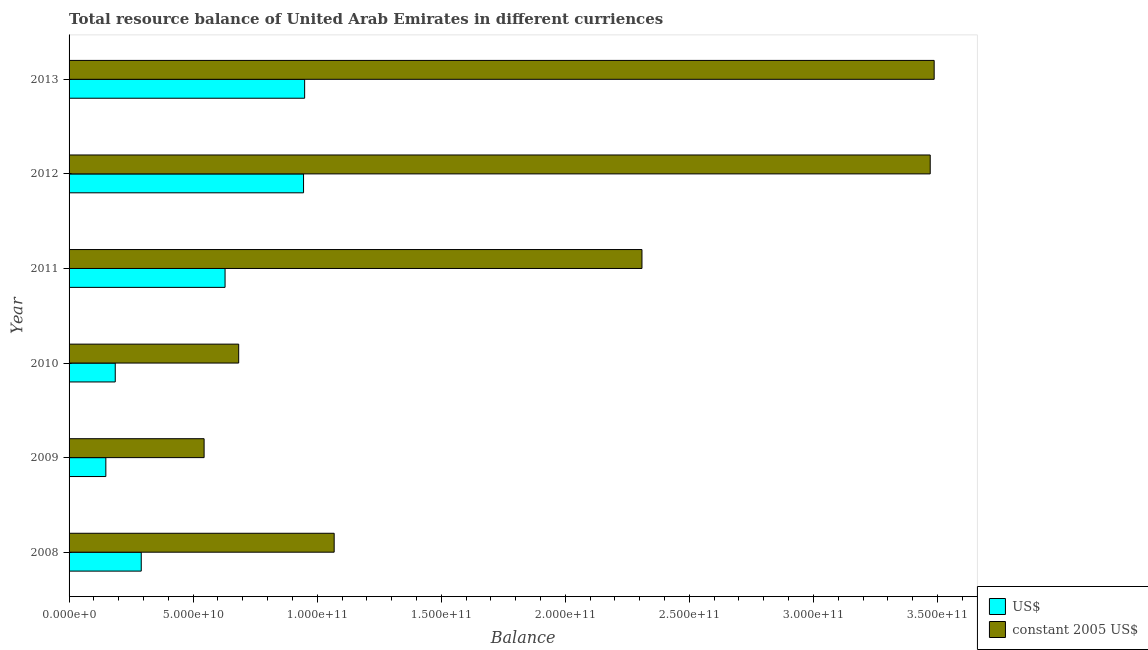
| Year | US$ | constant 2005 US$ |
 | --- | --- | --- |
 | 2008 | 2.91e+10 | 1.07e+11 |
 | 2009 | 1.48e+10 | 5.44e+10 |
 | 2010 | 1.86e+10 | 6.84e+10 |
 | 2011 | 6.29e+10 | 2.31e+11 |
 | 2012 | 9.45e+10 | 3.47e+11 |
 | 2013 | 9.49e+10 | 3.49e+11 |